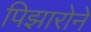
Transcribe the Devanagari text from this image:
पिझारोने